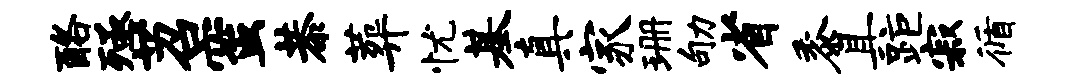
酪殛苕蜜恭葬忧基真家珊劬省黍具距寂循